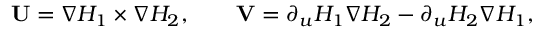
\mathbf { U } = \nabla H _ { 1 } \times \nabla H _ { 2 } , \qquad \mathbf { V } = \partial _ { u } H _ { 1 } \nabla H _ { 2 } - \partial _ { u } H _ { 2 } \nabla H _ { 1 } ,